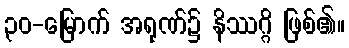
၃၀-မြောက် အရုဏ်၌ နိဿဂ္ဂိ ဖြစ်၏။